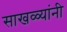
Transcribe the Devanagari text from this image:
साखळ्यांनी